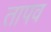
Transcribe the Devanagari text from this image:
तापव